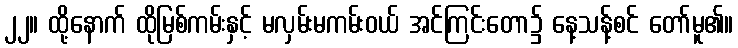
၂၂။ ထို့နောက် ထိုမြစ်ကမ်းနှင့် မလှမ်းမကမ်းဝယ် အင်ကြင်းတော၌ နေ့သန့်စင် တော်မူ၏။